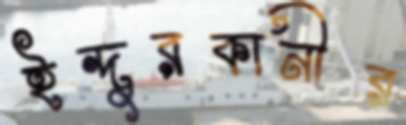
ইন্দুরকানীর